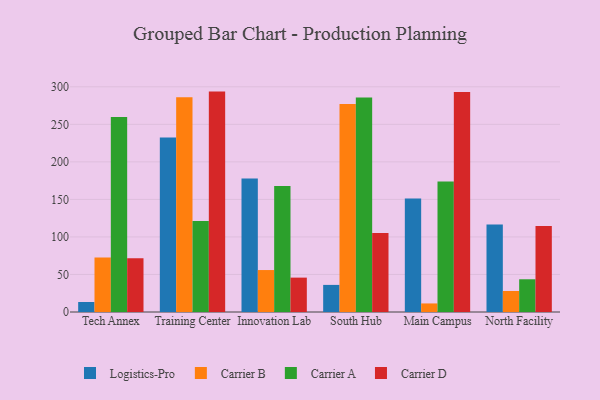
{"axis": {"x": "Campus", "y": "Headcount"}, "legend": ["Carrier A", "Carrier B", "Carrier D", "Logistics-Pro"], "data": [{"x": "Tech Annex", "y": 13.3, "type": "Logistics-Pro"}, {"x": "Tech Annex", "y": 72.6, "type": "Carrier B"}, {"x": "Tech Annex", "y": 259.8, "type": "Carrier A"}, {"x": "Tech Annex", "y": 71.7, "type": "Carrier D"}, {"x": "Training Center", "y": 232.3, "type": "Logistics-Pro"}, {"x": "Training Center", "y": 286.1, "type": "Carrier B"}, {"x": "Training Center", "y": 121.2, "type": "Carrier A"}, {"x": "Training Center", "y": 293.6, "type": "Carrier D"}, {"x": "Innovation Lab", "y": 178.0, "type": "Logistics-Pro"}, {"x": "Innovation Lab", "y": 55.9, "type": "Carrier B"}, {"x": "Innovation Lab", "y": 167.7, "type": "Carrier A"}, {"x": "Innovation Lab", "y": 45.8, "type": "Carrier D"}, {"x": "South Hub", "y": 36.1, "type": "Logistics-Pro"}, {"x": "South Hub", "y": 277.1, "type": "Carrier B"}, {"x": "South Hub", "y": 285.9, "type": "Carrier A"}, {"x": "South Hub", "y": 105.3, "type": "Carrier D"}, {"x": "Main Campus", "y": 151.1, "type": "Logistics-Pro"}, {"x": "Main Campus", "y": 11.4, "type": "Carrier B"}, {"x": "Main Campus", "y": 174.0, "type": "Carrier A"}, {"x": "Main Campus", "y": 293.0, "type": "Carrier D"}, {"x": "North Facility", "y": 116.6, "type": "Logistics-Pro"}, {"x": "North Facility", "y": 28.0, "type": "Carrier B"}, {"x": "North Facility", "y": 43.6, "type": "Carrier A"}, {"x": "North Facility", "y": 114.5, "type": "Carrier D"}]}